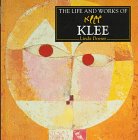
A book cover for The Life and Works of Klee (World's Greatest Artists Series); Linda Doeser; Teen & Young Adult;